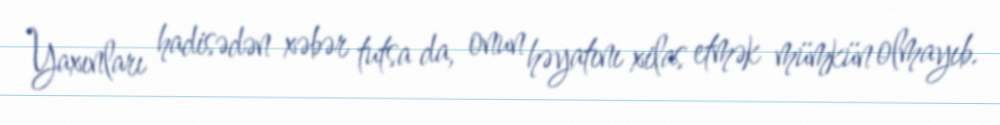
Yaxınları hadisədən xəbər tutsa da, onun həyatını xilas etmək mümkün olmayıb.